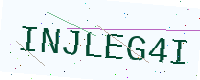
Text: INJLEG4I